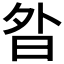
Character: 𭨚